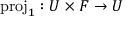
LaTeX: { \mathrm { p r o j } } _ { 1 } : U \times F \rightarrow U